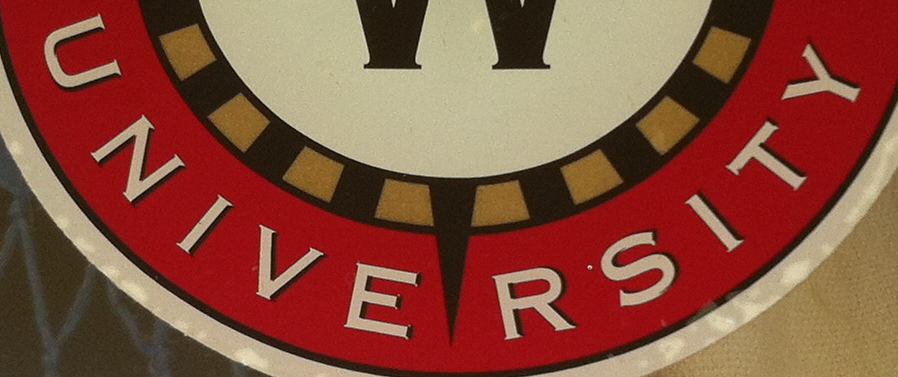
JNIVE RSITY